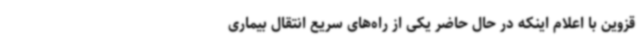
قزوین با اعلام اینکه در حال حاضر یکی از راه‌های سریع انتقال بیماری